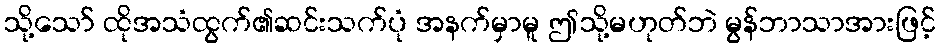
သို့သော် ထိုအသံထွက်၏ဆင်းသက်ပုံ အနက်မှာမူ ဤသို့မဟုတ်ဘဲ မွန်ဘာသာအားဖြင့်